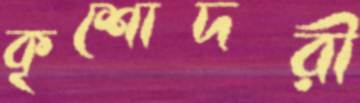
কৃশোদরী